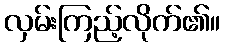
လှမ်းကြည့်လိုက်၏။